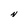
Character: N